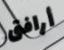
أرافق